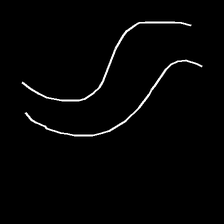
Glyph: float